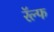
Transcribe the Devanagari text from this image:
रॅल्फ